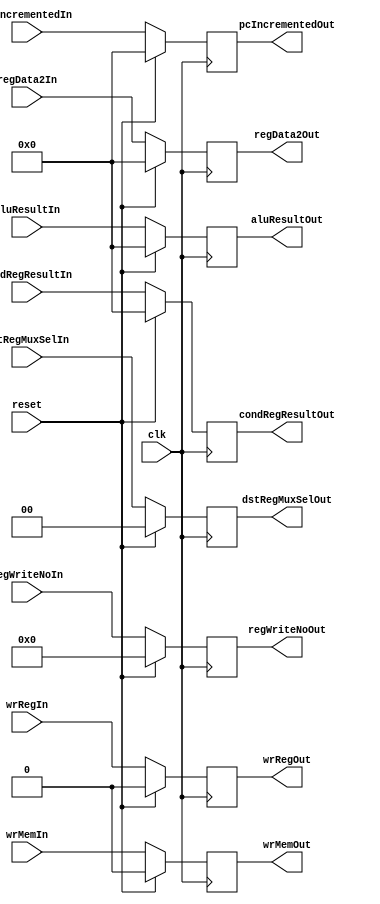
module EXLatch (clk, reset,
				pcIncrementedIn, aluResultIn, condRegResultIn, regData2In, regWriteNoIn,
				wrMemIn, wrRegIn, dstRegMuxSelIn,
				pcIncrementedOut, aluResultOut, condRegResultOut, regData2Out, regWriteNoOut,
				wrMemOut, wrRegOut, dstRegMuxSelOut);
				
				
	parameter DATA_BIT_WIDTH = 32;
	parameter RESET_VALUE = 0;
	parameter Mux4bit = 2;
	
	input clk, reset;
	input[DATA_BIT_WIDTH - 1: 0] pcIncrementedIn;
	input[DATA_BIT_WIDTH - 1:0] aluResultIn;
	input[DATA_BIT_WIDTH - 1:0] condRegResultIn;
	input[DATA_BIT_WIDTH - 1:0] regData2In;
	input [3:0] regWriteNoIn;	
	
	input wrMemIn;
    input wrRegIn;
    input [1:0] dstRegMuxSelIn;
	
	output reg [DATA_BIT_WIDTH - 1: 0] pcIncrementedOut;
	output reg [DATA_BIT_WIDTH - 1:0] aluResultOut;
	output reg [DATA_BIT_WIDTH - 1:0] condRegResultOut; 
	output reg [DATA_BIT_WIDTH - 1:0] regData2Out; 
	output reg [3:0] regWriteNoOut;	
	
	output reg wrMemOut;
    output reg wrRegOut;
    output reg [1:0] dstRegMuxSelOut;

	always @ (posedge clk) begin
	
		if(reset) begin
			pcIncrementedOut <= RESET_VALUE;
			aluResultOut <= RESET_VALUE;
			condRegResultOut <= RESET_VALUE;
			regData2Out <= RESET_VALUE;
			regWriteNoOut <= RESET_VALUE;			
			wrMemOut <= RESET_VALUE;
			wrRegOut <= RESET_VALUE;
			dstRegMuxSelOut <= RESET_VALUE;
		end 
		else begin
			pcIncrementedOut <= pcIncrementedIn;
			aluResultOut <= aluResultIn;
			condRegResultOut <= condRegResultIn;
			regData2Out <= regData2In;
			regWriteNoOut <= regWriteNoIn;			
			wrMemOut <= wrMemIn;
			wrRegOut <= wrRegIn;
			dstRegMuxSelOut <= dstRegMuxSelIn;
		end
	end

endmodule